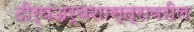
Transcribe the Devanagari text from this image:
दीर्घअर्थशास्त्रावरील